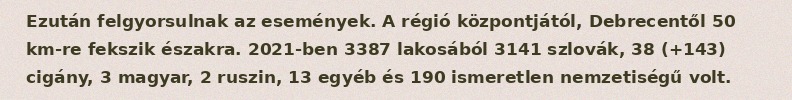
Ezután felgyorsulnak az események. A régió központjától, Debrecentől 50 km-re fekszik északra. 2021-ben 3387 lakosából 3141 szlovák, 38 (+143) cigány, 3 magyar, 2 ruszin, 13 egyéb és 190 ismeretlen nemzetiségű volt.